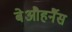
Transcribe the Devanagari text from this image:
बेऔहर्नैस